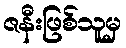
ဇနီးဖြစ်သူမှ